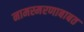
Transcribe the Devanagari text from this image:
नामस्मरणाबाबत